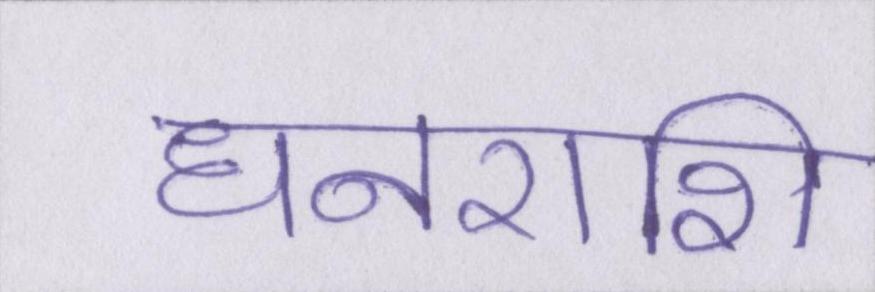
धनराशि